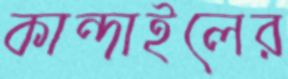
কান্দাইলের